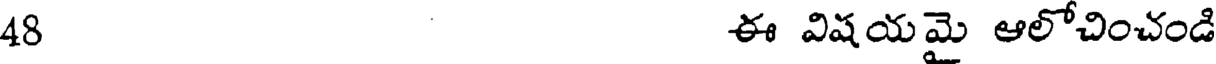
48 ఈ విషయమై ఆలోచించండి